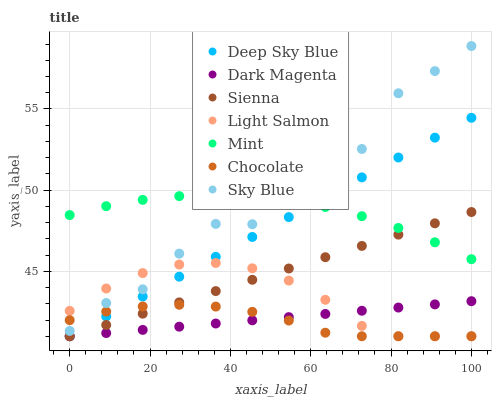
| xaxis_label | Deep Sky Blue | Dark Magenta | Sienna | Light Salmon | Mint | Chocolate | Sky Blue |
 | --- | --- | --- | --- | --- | --- | --- | --- |
 | 0 | 41 | 41 | 41 | 42.6 | 48.5 | 42 | 41.3 |
 | 9.09 | 42.2 | 41.2 | 41.7 | 43.9 | 49 | 42.5 | 43 |
 | 18.2 | 43.4 | 41.4 | 42.4 | 44.9 | 49.4 | 42.8 | 43.9 |
 | 27.3 | 44.7 | 41.6 | 43.1 | 45.4 | 49.6 | 42.9 | 46.1 |
 | 36.4 | 45.9 | 41.8 | 43.8 | 45.5 | 49.7 | 42.8 | 47.9 |
 | 45.5 | 47.1 | 42 | 44.5 | 45.2 | 49.6 | 42.5 | 47.9 |
 | 54.5 | 48.3 | 42.2 | 45.2 | 44.4 | 49.4 | 42 | 49.4 |
 | 63.6 | 49.6 | 42.4 | 45.9 | 43.2 | 49 | 41.2 | 51 |
 | 72.7 | 50.8 | 42.6 | 46.6 | 41.6 | 48.4 | 41 | 52.5 |
 | 81.8 | 52 | 42.8 | 47.3 | 41 | 47.7 | 41 | 56 |
 | 90.9 | 53.2 | 43 | 48 | 41 | 46.8 | 41 | 57.3 |
 | 100 | 54.5 | 43.2 | 48.7 | 41 | 45.7 | 41 | 58.9 |